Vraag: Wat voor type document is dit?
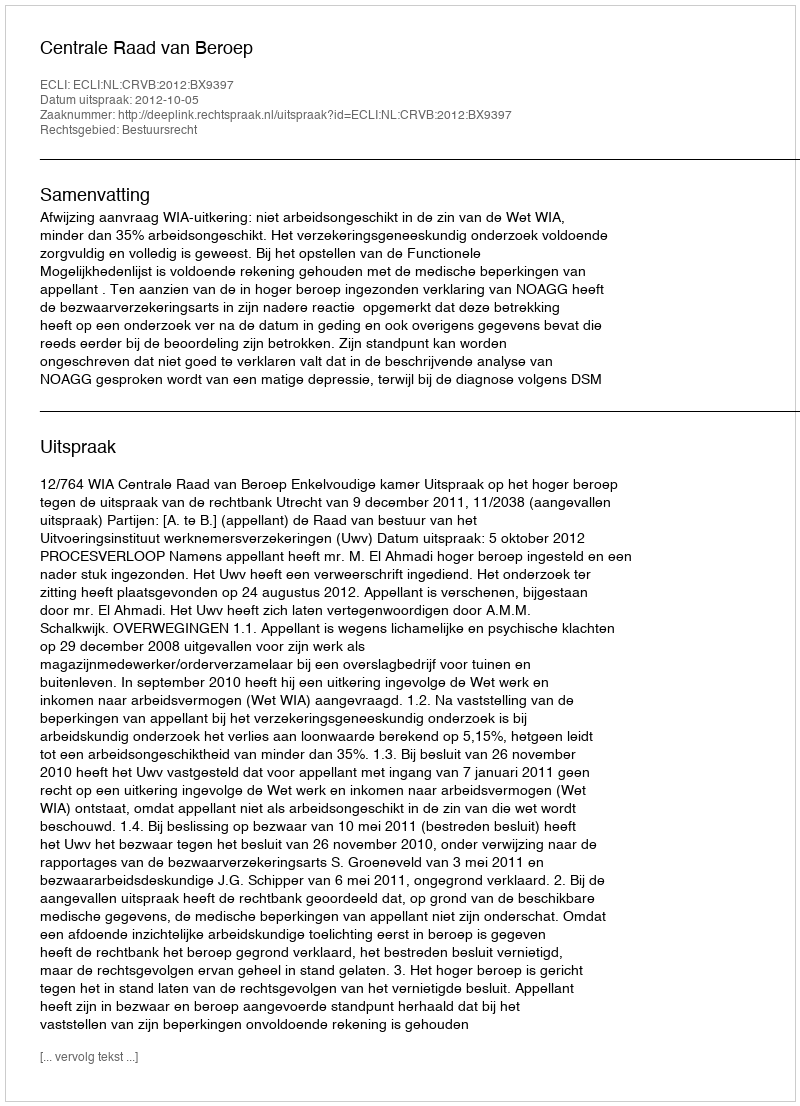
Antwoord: Uitspraak